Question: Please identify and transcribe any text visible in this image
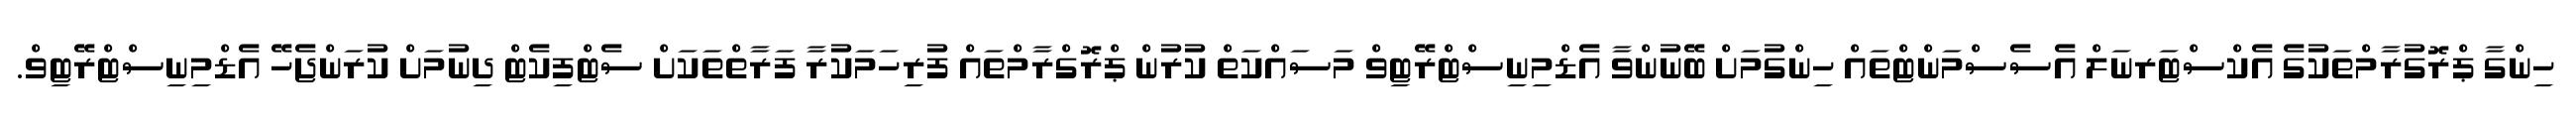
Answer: ހިންގާ ޕްރޮގުރާމްތަކުގެ އެކްސްޓަރނަލް އެސެސްމަންޓްތައް ހިންގުމަށް ބޭނުންވާ އެޑްމިނިސްޓްރޭޓިވް މަސައްކަތް ކުރުން ޕްރޮގްރާމްތައް ފުރިހަމަކުރާ ފަރާތްތަކަށް ސެޓްފިކެޓް ދިނުމަށް ކުރަންޖެހޭ އެޑްމިނިސްޓްރޭޓިވް.